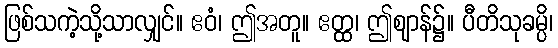
ဖြစ်သကဲ့သို့သာလျှင်။ ဧဝံ၊ ဤအတူ။ ဧတ္ထ၊ ဤဈာန်၌။ ပီတိသုခမ္ပိ၊